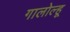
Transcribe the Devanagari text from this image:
गालोल्हू